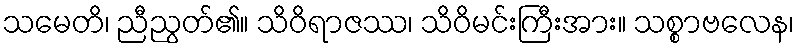
သမေတိ၊ ညီညွတ်၏။ သိဝိရာဇဿ၊ သိဝိမင်းကြီးအား။ သစ္စာဗလေန၊